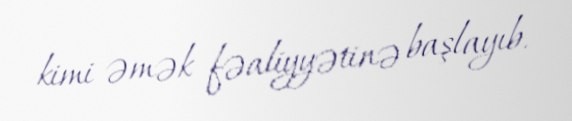
kimi əmək fəaliyyətinə başlayıb.